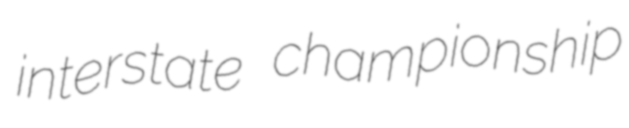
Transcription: interstate championship